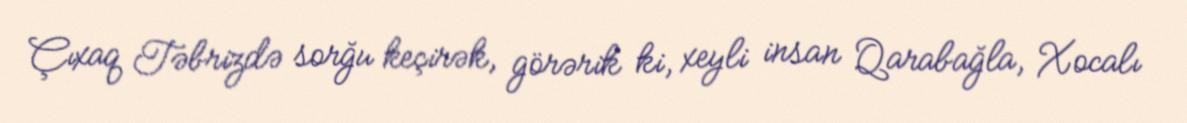
Çıxaq Təbrizdə sorğu keçirək, görərik ki, xeyli insan Qarabağla, Xocalı